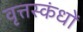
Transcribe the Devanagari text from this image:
वृत्तस्कंधों